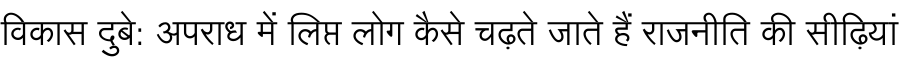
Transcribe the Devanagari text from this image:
विकास दुबे: अपराध में लिप्त लोग कैसे चढ़ते जाते हैं राजनीति की सीढ़ियां